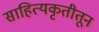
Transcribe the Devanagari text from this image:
साहित्यकृतीतून